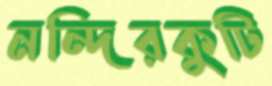
নন্দিরকুটি